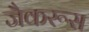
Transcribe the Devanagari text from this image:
जैकरूस